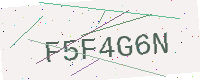
Text: F5F4G6N